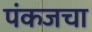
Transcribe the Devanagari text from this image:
पंकजचा